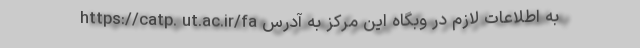
به اطلاعات لازم در وبگاه این مرکز به آدرس https://catp. ut.ac.ir/fa